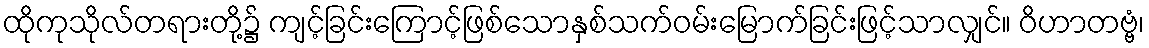
ထိုကုသိုလ်တရားတို့၌ ကျင့်ခြင်းကြောင့်ဖြစ်သောနှစ်သက်ဝမ်းမြောက်ခြင်းဖြင့်သာလျှင်။ ဝိဟာတဗ္ဗံ၊